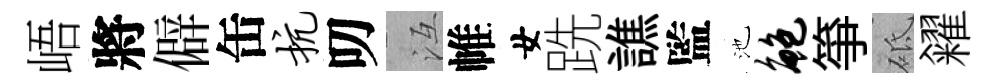
峿將僻缶抗叨冱帷女跣譙監池鲍箏砥糴